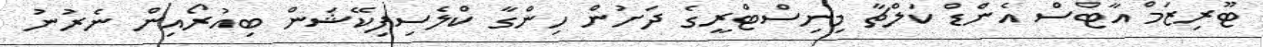
ޓޫރިޒަމް އާޓްސް އެންޑް ކަލްޗާ މިނިސްޓްރީގެ ދަށުން ހިންގާ ކްލެސިފިކޭޝަން ބިއުރޯއިން ނެރުނު